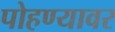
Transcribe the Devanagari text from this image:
पोहण्यावर